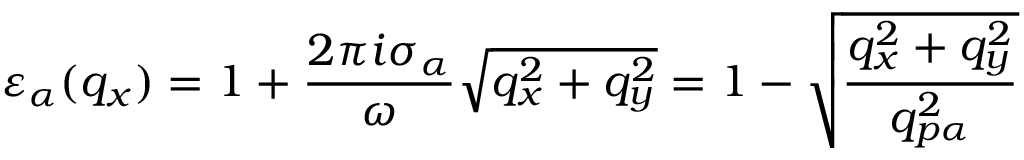
{ { \varepsilon } _ { \alpha } } ( { { q } _ { x } } ) = 1 + \frac { 2 \pi i { { \sigma } _ { \alpha } } } { \omega } \sqrt { q _ { x } ^ { 2 } + q _ { y } ^ { 2 } } = 1 - \sqrt { \frac { q _ { x } ^ { 2 } + q _ { y } ^ { 2 } } { q _ { p \alpha } ^ { 2 } } }